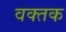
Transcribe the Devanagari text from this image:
वक्तक